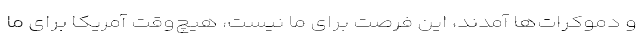
و دموکرات‌ها آمدند، این فرصت برای ما نیست، هیچ‌وقت آمریکا برای ما